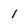
Character: 1